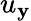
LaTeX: u_{\mathbf{y}}